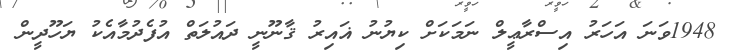
1948ވަނަ އަހަރު އިސްރާޢީލް ނަމަކަށް ކިޔުނު ޣައިރު ޤާނޫނީ ދައުލަތް އުފެދުމާއެކު ޔަހޫދީން